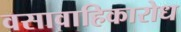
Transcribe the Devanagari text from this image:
वसावाहिकारोध